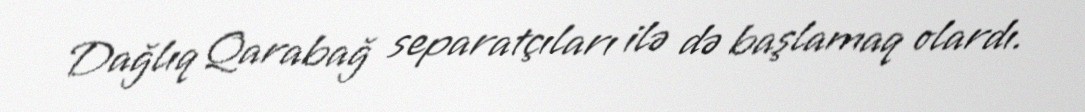
Dağlıq Qarabağ separatçıları ilə də başlamaq olardı.